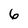
Character: 6